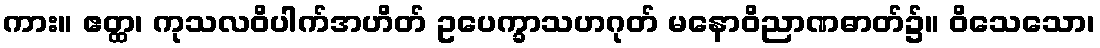
ကား။ ဧတ္ထ၊ ကုသလဝိပါက်အဟိတ် ဥပေက္ခာသဟဂုတ် မနောဝိညာဏဓာတ်၌။ ဝိသေသော၊